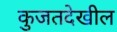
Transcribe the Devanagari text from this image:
कुजतदेखील